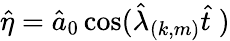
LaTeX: \hat{\eta}=\hat{a}_{0}\cos(\hat{\lambda}_{(k,m)}\hat{t}\; )